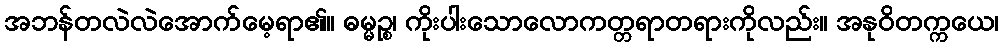
အဘန်တလဲလဲအောက်မေ့ရာ၏။ ဓမ္မဉ္စ၊ ကိုးပါးသောလောကတ္တရာတရားကိုလည်း။ အနုဝိတက္ကယေ၊